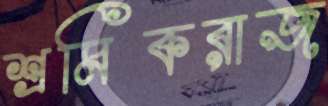
শ্রমিকরাজ